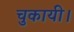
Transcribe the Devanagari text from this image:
चुकायी।